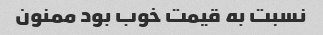
نسبت به قیمت خوب بود ممنون